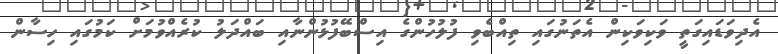
އެދިވަޑައިގަތީ ވަކިވަކިން އެތަނުގައި ތިއްބެވި ފުލުހުންގެ އިސްބޭފުޅުންނާއި ބައްދަލު ކުރެއްވުމަށް ކަމުގައި ހިސާން